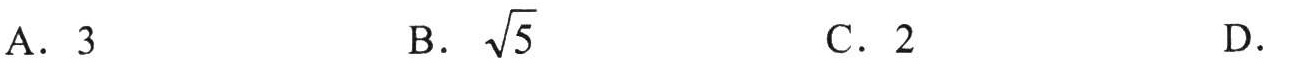
A．3  B．$\sqrt{5}$  C．2  D．